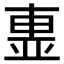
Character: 𣌽